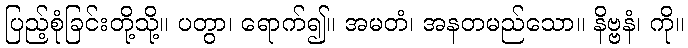
ပြည့်စုံခြင်းတို့သို့။ ပတွာ၊ ရောက်၍။ အမတံ၊ အနတမည်သော။ နိဗ္ဗနံ၊ ကို။